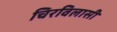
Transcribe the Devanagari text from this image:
चिरविलासी